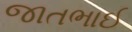
જાતભાઈ